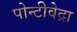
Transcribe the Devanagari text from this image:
पोन्टीवेद्रा